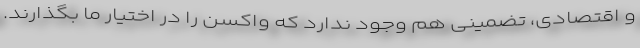
و اقتصادی، تضمینی ‌هم وجود ندارد که واکسن را در اختیار ما بگذارند.